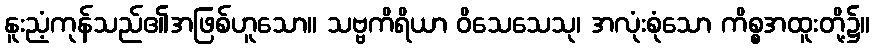
နူးညံ့ကုန်သည်၏အဖြစ်ဟူသော။ သဗ္ဗကိရိယာ ဝိသေသေသု၊ အလုံးစုံသော ကိစ္စအထူးတို့၌။